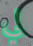
لي